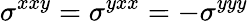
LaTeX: \sigma^{xxy}=\sigma^{yxx}=-\sigma^{yyy}